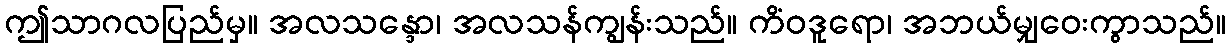
ဤသာဂလပြည်မှ။ အလသန္ဒော၊ အလသန်ကျွန်းသည်။ ကိံဝဒူရော၊ အဘယ်မျှဝေးကွာသည်။